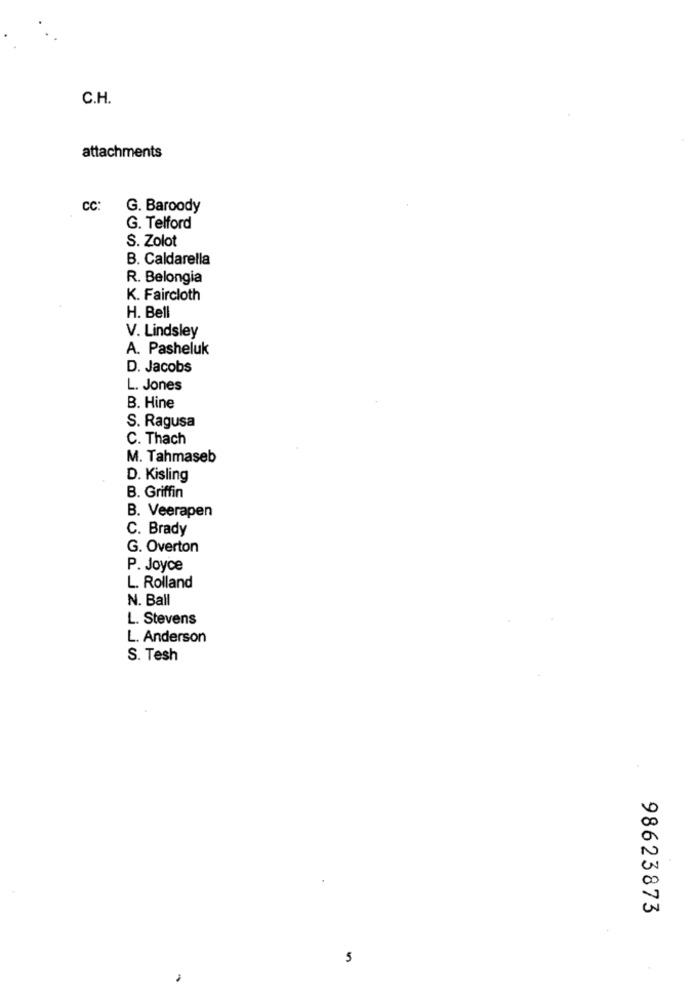
C.H.
attachments
CC:
G. Baroody
G. Telford
S. Zolot
B. Caldarella
R. Belongia
K. Faircloth
H. Bell
V. Lindsley
A. Pasheluk
D. Jacobs
L. Jones
B. Hine
S. Ragusa
C. Thach
M. Tahmaseb
D. Kisling
B. Griffin
B. Veerapen
C. Brady
G. Overton
P. Joyce
L. Rolland
N. Ball
L. Stevens
L. Anderson
S. Tesh
98623873
5